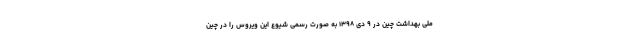
ملی بهداشت چین در ۹ دی ۱۳۹۸ به ‌صورت رسمی شیوع این ویروس را در چین